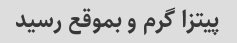
پیتزا گرم و بموقع رسید